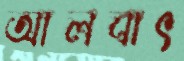
আলবাৎ